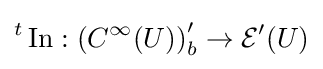
{}^{t}\operatorname {In} :\left(C^{\infty }(U)\right)_{b}^{\prime }\to {\mathcal {E}}^{\prime }(U)